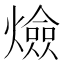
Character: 㷿